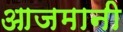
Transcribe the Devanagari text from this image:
आजमानी